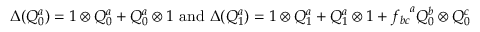
\Delta ( Q _ { 0 } ^ { a } ) = 1 \otimes Q _ { 0 } ^ { a } + Q _ { 0 } ^ { a } \otimes 1 \mathrm { ~ a n d ~ } \Delta ( Q _ { 1 } ^ { a } ) = 1 \otimes Q _ { 1 } ^ { a } + Q _ { 1 } ^ { a } \otimes 1 + { f _ { b c } } ^ { a } Q _ { 0 } ^ { b } \otimes Q _ { 0 } ^ { c }